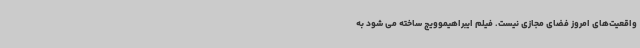
واقعیت‌های امروز فضای مجازی نیست. فیلم ایبراهیموویچ ساخته می شود به